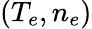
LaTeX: (T_{e},n_{e})